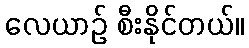
လေယာဉ် စီးနိုင်တယ်။